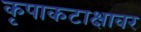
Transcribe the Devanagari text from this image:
कृपाकटाक्षावर